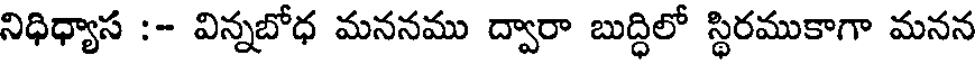
నిధిధ్యాస :- విన్నబోధ మననము ద్వారా బుద్ధిలో స్థిరముకాగా మనన